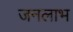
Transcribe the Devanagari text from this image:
जनलाभ